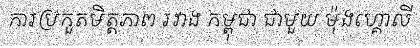
ការប្រកួតមិត្តភាព រវាង កម្ពុជា ជាមួយ ម៉ុងហ្គោលី